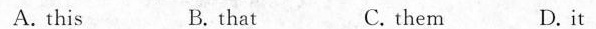
A. this B. that C. them D.it